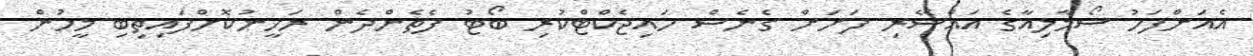
އެއަށްފަހު ސޯމާލިއާގެ އައްސޭރި ފަށަށް ގެނެސް ހައިޖެކްޓްކުރި ބޯޓު ފެތެންދެން ރަހީނުކޮށްފައިތިބި މީހުން